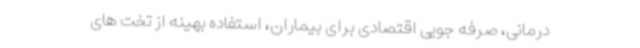
درمانی، صرفه جویی اقتصادی برای بیماران، استفاده بهینه از تخت های